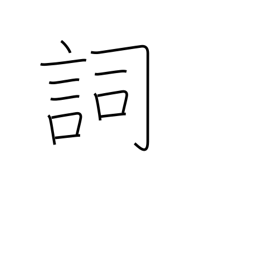
Meaning: part of speech